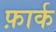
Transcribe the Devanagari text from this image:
फ़ार्क